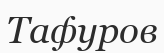
Тафуров